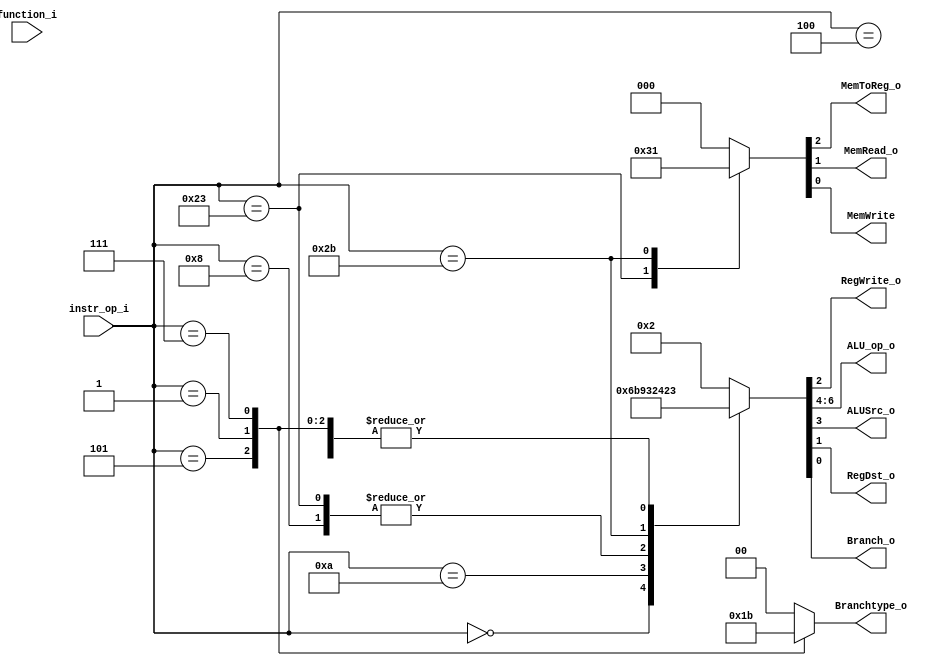
//Subject:     CO project 2 - Decoder
//109550134
//--------------------------------------------------------------------------------
//Version:     1
//--------------------------------------------------------------------------------
//Writer:      Luke
//----------------------------------------------
//----------------------------------------------
//Description: 
//--------------------------------------------------------------------------------

module Decoder(
    instr_op_i,
    function_i,
	RegWrite_o,
	ALU_op_o,
	ALUSrc_o,
	RegDst_o,
	
	Branch_o,
	MemToReg_o,
	MemRead_o,
	MemWrite,
	Branchtype_o
	);
     
//I/O ports
input  [6-1:0] instr_op_i,function_i;

output         RegWrite_o;
output [3-1:0] ALU_op_o;
output         ALUSrc_o;
output  RegDst_o;//[2-1:0]
output         Branch_o;

output [2-1:0] Branchtype_o;

output  MemToReg_o;//[2-1:0]
output         MemRead_o;
output         MemWrite;
 
//Internal Signals
reg    [3-1:0] ALU_op_o;
reg            ALUSrc_o;
reg            RegWrite_o;
reg    RegDst_o;// [2-1:0]
reg            Branch_o;

reg [2-1:0] Branchtype_o;

reg  MemToReg_o;//[2-1:0]
reg         MemRead_o;
reg         MemWrite;

//Parameter


//Main function



always @* begin
    case(instr_op_i)
     'b000101: Branchtype_o <= 'b01;//bne
     'b000001: Branchtype_o <= 'b10;//bge
     'b000111: Branchtype_o <= 'b11;//bgt
     default: Branchtype_o <= 'b00;//beq&other
    endcase
    case(instr_op_i)
     'b000000:begin//R -format
        {ALU_op_o,ALUSrc_o,RegWrite_o,RegDst_o, Branch_o} <= 'b000_0_1_1_0;
        { MemToReg_o ,MemRead_o, MemWrite} <= (function_i=='b001000)? 'b0_0_0 : 'b0_0_0;
  
      end
      'b001000:begin//addi
       {ALU_op_o,ALUSrc_o,RegWrite_o,RegDst_o, Branch_o} <= 'b100_1_1_0_0;
       { MemToReg_o ,MemRead_o, MemWrite} <= 'b0_0_0;

      end
      'b001010:begin//slti
       {ALU_op_o,ALUSrc_o,RegWrite_o,RegDst_o, Branch_o} <= 'b101_1_1_0_0;
       { MemToReg_o ,MemRead_o, MemWrite} <= 'b0_0_0;
     
      end
       'b000100:begin//beq
       {ALU_op_o,ALUSrc_o,RegWrite_o,RegDst_o, Branch_o} <= 'b010_0_0_1_1;
       {MemToReg_o ,MemRead_o, MemWrite} <= 'b0_0_0;
       
      end
       'b100011:begin//lw
       {ALU_op_o,ALUSrc_o,RegWrite_o,RegDst_o, Branch_o} <= 'b100_1_1_0_0;
       {MemToReg_o ,MemRead_o, MemWrite} <= 'b1_1_0;
       
      end
       'b101011: begin//sw
       {ALU_op_o,ALUSrc_o,RegWrite_o,RegDst_o, Branch_o} <= 'b100_1_0_0_0;//reg dst
       {MemToReg_o ,MemRead_o, MemWrite} <= 'b0_0_1;
      end
      'b000101:begin//bne
       {ALU_op_o,ALUSrc_o,RegWrite_o,RegDst_o, Branch_o} <= 'b010_0_0_1_1;
       {MemToReg_o ,MemRead_o, MemWrite} <= 'b0_0_0;
      end
      'b000001:begin//bge
       {ALU_op_o,ALUSrc_o,RegWrite_o,RegDst_o, Branch_o} <= 'b010_0_0_1_1;
       {MemToReg_o ,MemRead_o, MemWrite} <= 'b0_0_0;
      end
      'b000111:begin//bgt
       {ALU_op_o,ALUSrc_o,RegWrite_o,RegDst_o, Branch_o} <= 'b010_0_0_1_1;
       {MemToReg_o ,MemRead_o, MemWrite} <= 'b0_0_0;
      end
    /*  'b000010:begin//jump
       {ALU_op_o,ALUSrc_o,RegWrite_o,RegDst_o, Branch_o} <= 'b100_0_0_01_0;
       {Jump_o, MemToReg_o ,MemRead_o, MemWrite} <= 'b00_00_0_0;
      BranchType_o <= 'b01;
      end
       'b000011:begin//jal
       {ALU_op_o,ALUSrc_o,RegWrite_o,RegDst_o, Branch_o} <= 'b100_0_1_10_0;
       {Jump_o, MemToReg_o ,MemRead_o, MemWrite} <= 'b00_11_0_1;//mem write?
       BranchType_o <= 'b01;
       end*/
       default:begin
       {ALU_op_o,ALUSrc_o,RegWrite_o,RegDst_o, Branch_o} <= 'b000_0_0_1_0;
       {MemToReg_o ,MemRead_o, MemWrite} <= 'b0_0_0;
       end
    endcase
end

endmodule